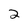
Character: 2